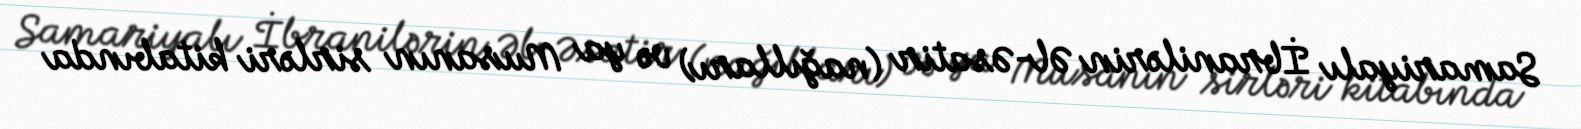
Samariyalı İbranilərin Əl-Əsatir (nağılları) və ya Musanın sirləri kitabında